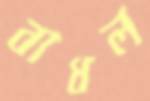
বাধল